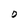
Character: O